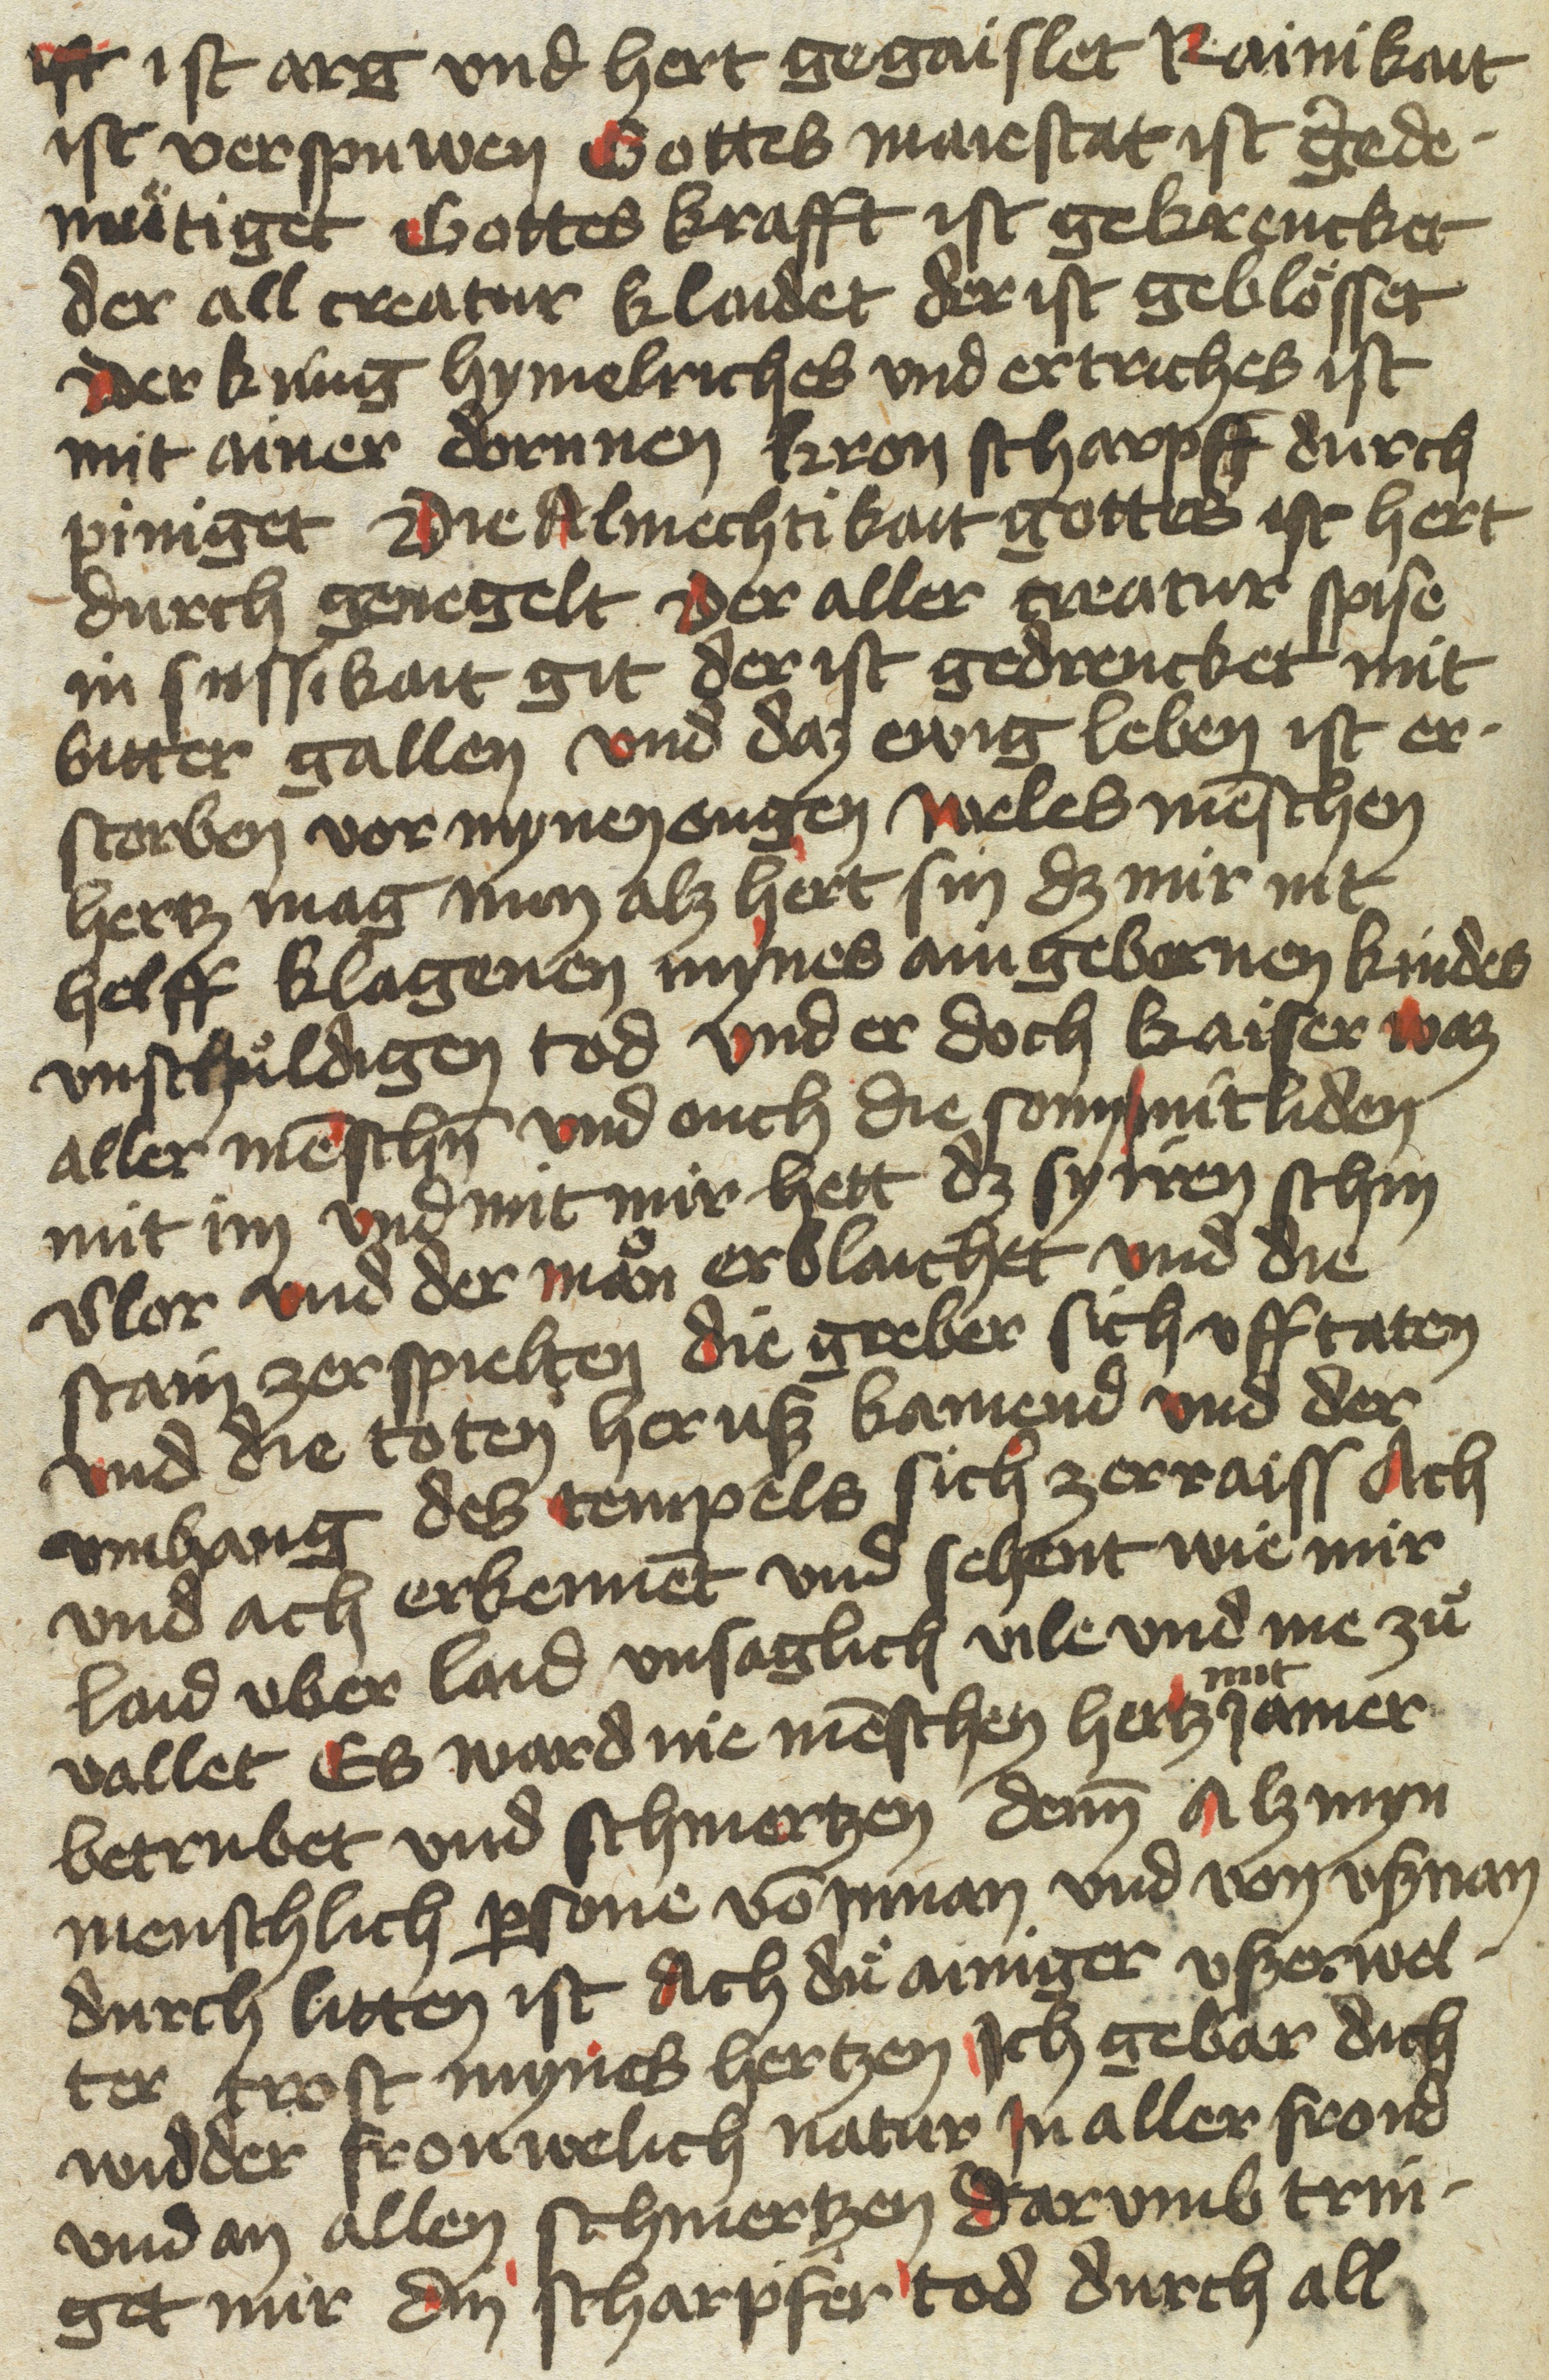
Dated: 1400–1499